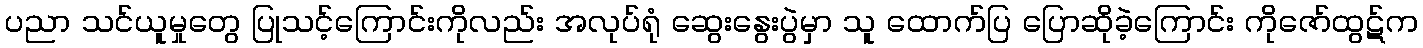
ပညာ သင်ယူမှုတွေ ပြုသင့်ကြောင်းကိုလည်း အလုပ်ရုံ ဆွေးနွေးပွဲမှာ သူ ထောက်ပြ ပြောဆိုခဲ့ကြောင်း ကိုဇော်ထွဋ်က